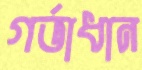
গর্ভাধান